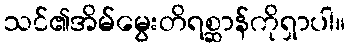
သင်၏အိမ်မွေးတိရစ္ဆာန်ကိုရှာပါ။